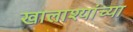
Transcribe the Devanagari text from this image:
खालाश्यांच्या